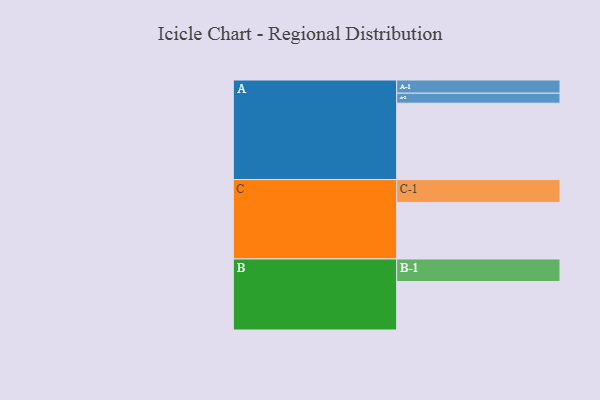
{"axis": {"x": "Segment", "y": "Value"}, "legend": ["", "A", "B", "C"], "data": [{"x": "A", "y": 556, "type": ""}, {"x": "B", "y": 353, "type": ""}, {"x": "C", "y": 412, "type": ""}, {"x": "A-1", "y": 96, "type": "A"}, {"x": "A-2", "y": 73, "type": "A"}, {"x": "B-1", "y": 164, "type": "B"}, {"x": "C-1", "y": 166, "type": "C"}]}